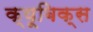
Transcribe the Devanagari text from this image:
क्यूबिक्स